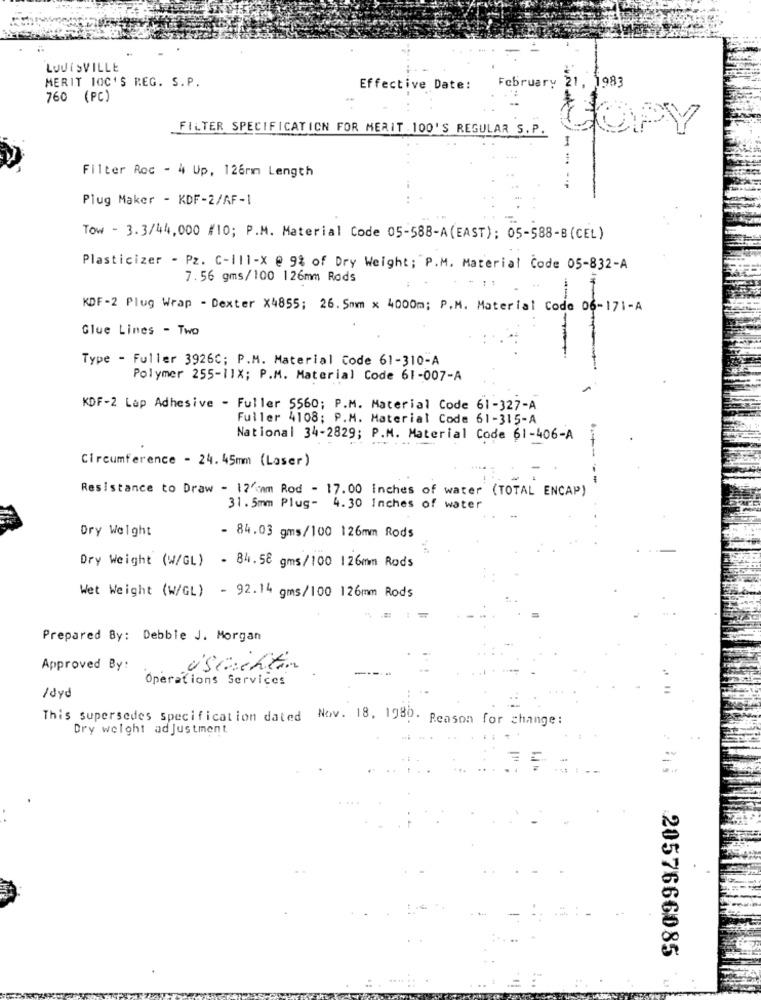
LOUISVILLE
MERIT IOC'S REG. S.P.
Effective Date:
February 21, 1983
760 (PC)
FILTER SPECIFICATION FOR MERIT 100'S REGULAR S.P.
COPY
--
Filter Roc - 4 Up, 126mmm Length
Plug Maker - KDF-2/AF-1
Tow - 3.3/44,000 #10; P.M. Material Code 05-588-A(EAST); 05-588-B(CEL)
Plasticizer - Pz. C-111-X @ 9% of Dry Weight; P.M. Material Code 05-832-A
7.56 gms/100 126mm Rods
KDF-2 Plug Wrap - Dexter X4855; 26. 5mm x 4000m; P.M. Material Code 06-171-A
Glue Lines - Two
Type - Fuller 3926C; P.M. Material Code 61-310-A
Polymer 255-11X; P.M. Material Code 61-007-A
KDF-2 Lap Adhesive - Fuller 5560; P.M. Material Code 61-327-A
Fuller 4108; P.M. Material Code 61-315-A
National 34-2829; P.M. Material Code 61-406-A
Circumference - 24.45mm (Laser)
-------
Resistance to Draw - 12 mm Rod - 17.00 inches of water (TOTAL ENCAP)
31. 5mm Plug- 4.30 Inches of water
Dry Weight
- 84.03 gms/100 126mm Rods
Dry Weight (W/GL) - 84.58 gms/100 126mm Rods
Wet Weight (W/GL) - 92.14 gms/100 126mm Rods
Prepared By: Debble J. Morgan
Approved By:
Üstchten
Operations Services
/dyd
This supersedes specification dated Nov. 18, 1986.
Reason for change:
Dry weight adjustment
2057666085